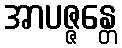
အာပဇ္ဇန္တေ